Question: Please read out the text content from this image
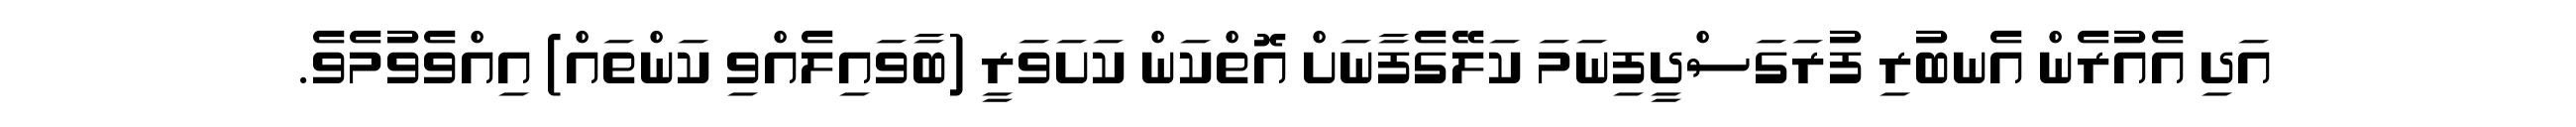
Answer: އަދި އެއުރެން އެނބުރި ފުރަގަސްދީފިނަމަ ކަލޭގެފާނަށް އޮތްކަން ކަށަވަރީ (ބާވައިލެއްވި ކަންތައް) އިއްވެވުމެވެ.